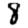
Digit: 8